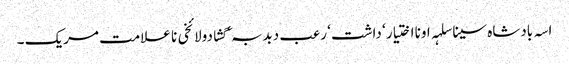
اسہ بادشاہ سینا سلہہ اونا اختیار ‘ داشت ‘ رعب دبدبہ ‘ گشادولائخی نا علامت مریک ۔